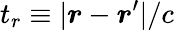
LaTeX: t_{r}\equiv|\boldsymbol{r}-\boldsymbol{r}^{\prime}|/c